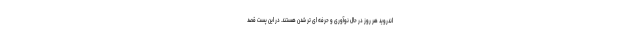
اندروید هر روز در حال نوآوری و حرفه ای تر شدن هستند. در این پست قصد